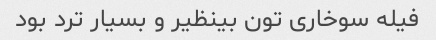
فیله سوخاری تون بینظیر و بسیار ترد بود